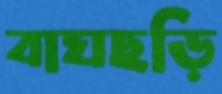
বাঘছড়ি